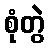
စုံတွဲ